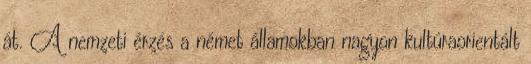
át. A nemzeti érzés a német államokban nagyon kultúraorientált